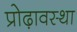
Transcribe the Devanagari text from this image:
प्रोढ़ावस्था